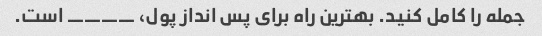
جمله را کامل کنید. بهترین راه برای پس انداز پول، ____ است.